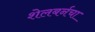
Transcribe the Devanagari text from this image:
शेलबर्नचा